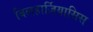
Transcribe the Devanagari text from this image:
बिलहार्ज़ियासिस